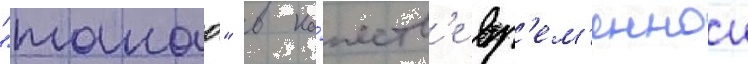
"такао" в ка́честв'е вр'ем'еннои